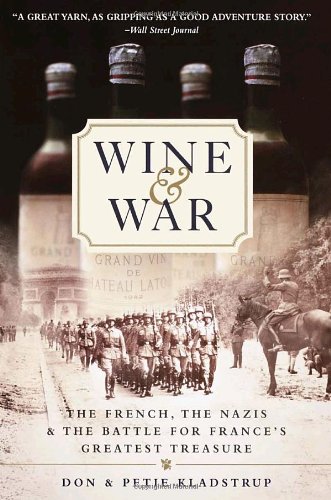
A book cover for Wine and War: The French, the Nazis, and the Battle for France's Greatest Treasure; Donald Kladstrup; Cookbooks, Food & Wine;